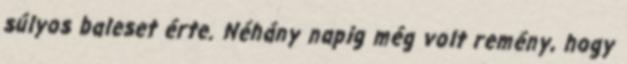
súlyos baleset érte. Néhány napig még volt remény, hogy